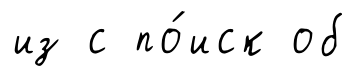
из с по́иск об